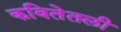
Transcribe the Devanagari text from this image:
कवितेतली